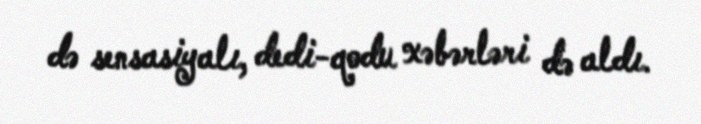
də sensasiyalı, dedi-qodu xəbərləri də aldı.